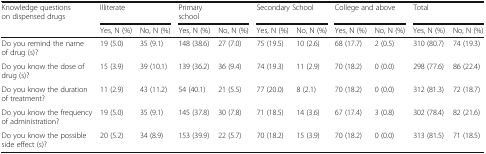
<table><thead><tr><td rowspan="2"><b>Knowledge questions on dispensed drugs</b></td><td colspan="2"><b>Illiterate</b></td><td colspan="2"><b>Primaryschool</b></td><td colspan="2"><b>Secondary School</b></td><td colspan="2"><b>College and above</b></td><td colspan="2"><b>Total</b></td></tr><tr><td><b>Yes, N (%)</b></td><td><b>No, N (%)</b></td><td><b>Yes, N (%)</b></td><td><b>No, N (%)</b></td><td><b>Yes, N (%)</b></td><td><b>No, N (%)</b></td><td><b>Yes, N (%)</b></td><td><b>No, N (%)</b></td><td><b>Yes, N (%)</b></td><td><b>No, N (%)</b></td></tr></thead><tbody><tr><td>Do you remind the name of drug (s)?</td><td>19 (5.0)</td><td>35 (9.1)</td><td>148 (38.6)</td><td>27 (7.0)</td><td>75 (19.5)</td><td>10 (2.6)</td><td>68 (17.7)</td><td>2 (0.5)</td><td>310 (80.7)</td><td>74 (19.3)</td></tr><tr><td>Do you know the dose of drug (s)?</td><td>15 (3.9)</td><td>39 (10.1)</td><td>139 (36.2)</td><td>36 (9.4)</td><td>74 (19.3)</td><td>11 (2.9)</td><td>70 (18.2)</td><td>0 (0.0)</td><td>298 (77.6)</td><td>86 (22.4)</td></tr><tr><td>Do you know the duration of treatment?</td><td>11 (2.9)</td><td>43 (11.2)</td><td>54 (40.1)</td><td>21 (5.5)</td><td>77 (20.0)</td><td>8 (2.1)</td><td>70 (18.2)</td><td>0 (0.0)</td><td>312 (81.3)</td><td>72 (18.7)</td></tr><tr><td>Do you know the frequency of administration?</td><td>19 (5.0)</td><td>35 (9.1)</td><td>145 (37.8)</td><td>30 (7.8)</td><td>71 (18.5)</td><td>14 (3.6)</td><td>67 (17.4)</td><td>3 (0.8)</td><td>302 (78.4)</td><td>82 (21.6)</td></tr><tr><td>Do you know the possible side effect (s)?</td><td>20 (5.2)</td><td>34 (8.9)</td><td>153 (39.9)</td><td>22 (5.7)</td><td>70 (18.2)</td><td>15 (3.9)</td><td>70 (18.2)</td><td>0 (0.0)</td><td>313 (81.5)</td><td>71 (18.5)</td></tr></tbody></table>